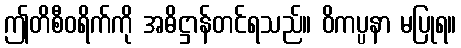
ဤတိစီဝရိက်ကို အဓိဋ္ဌာန်တင်ရသည်။ ဝိကပ္ပနာ မပြုရ။